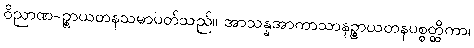
ဝိညာဏ-ဉ္စာယတနသမာပတ်သည်။ အာသန္နအာကာသာနဉ္စာယတနပစ္စတ္ထိကာ၊